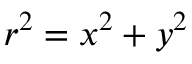
r ^ { 2 } = x ^ { 2 } + y ^ { 2 }